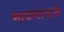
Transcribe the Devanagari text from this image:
मायणाचार्य